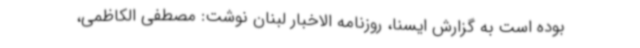
بوده است به گزارش ایسنا، روزنامه الاخبار لبنان نوشت: مصطفی الکاظمی،